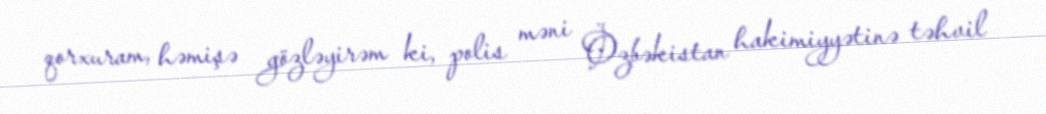
qorxuram, həmişə gözləyirəm ki, polis məni Özbəkistan hakimiyyətinə təhvil